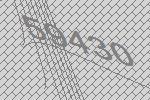
59430